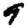
Digit: 9